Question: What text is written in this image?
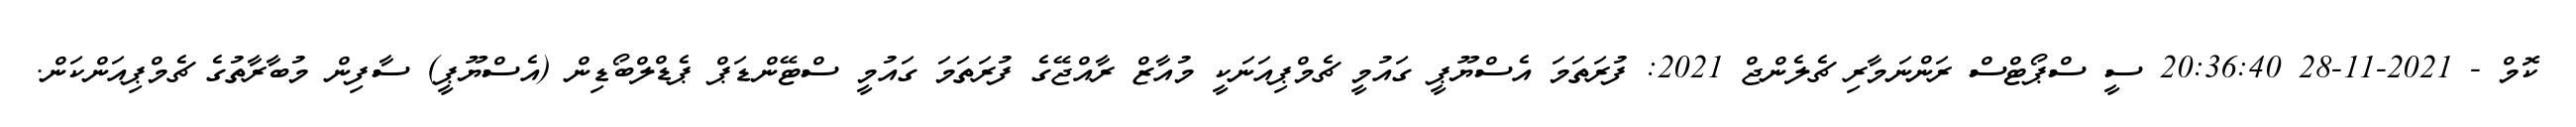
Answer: ކޮމް - 2021-11-28 20:36:40 ސީ ސްޕޯޓްސް ރަންނަމާރި ޗެލެންޖް 2021: ފުރަތަމަ އެސްޔޫޕީ ގައުމީ ޗެމްޕިއަނަކީ މުއާޒް ރާއްޖޭގެ ފުރަތަމަ ގައުމީ ސްޓޭންޑަޕް ޕެޑްލްބޯޑިން (އެސްޔޫޕީ) ސާފިން މުބާރާތުގެ ޗެމްޕިއަންކަން.